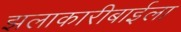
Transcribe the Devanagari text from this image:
झलाकारीबाईला